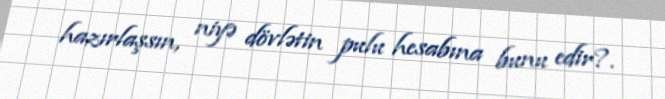
hazırlaşsın, niyə dövlətin pulu hesabına bunu edir?.